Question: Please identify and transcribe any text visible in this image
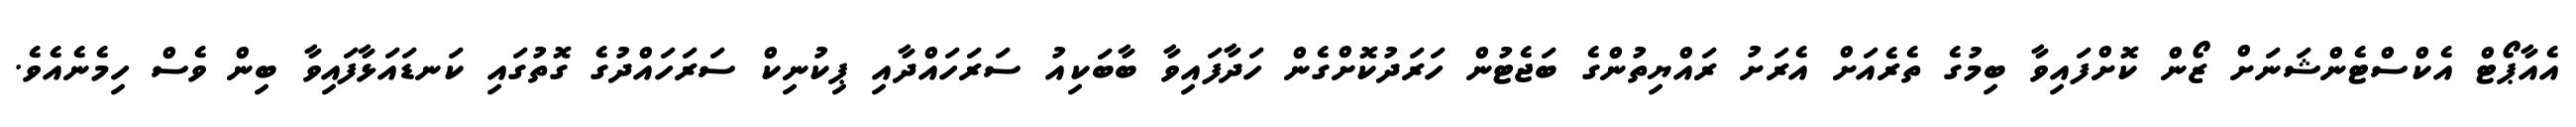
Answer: އެއާޕޯޓް އެކްސްޓެންޝަނަށް ޒޯން ކޮށްފައިވާ ބިމުގެ ތެރެއަށް އެރަށު ރައްޔިތުންގެ ބަޖެޓުން ހަރަދުކޮށްގެން ހަދާފައިވާ ބާބަކިއު ސަރަހައްދާއި ޕިކުނިކް ސަރަހައްދުގެ ގޮތުގައި ކަނޑައަޅާފައިވާ ބިން ވެސް ހިމެނެއެވެ.